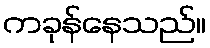
ကခုန်နေသည်။